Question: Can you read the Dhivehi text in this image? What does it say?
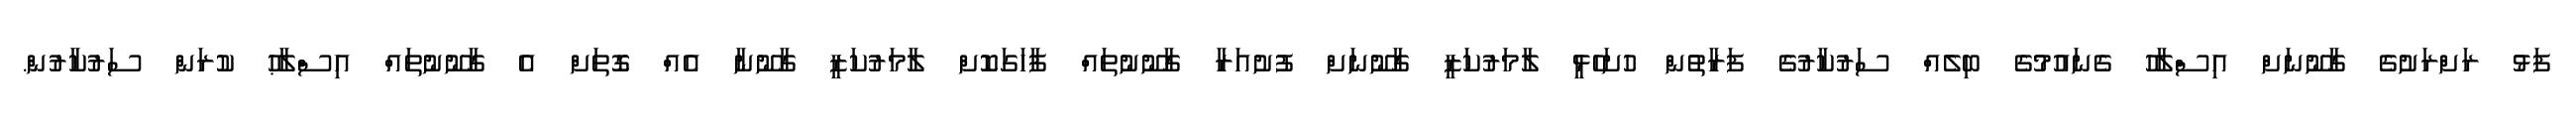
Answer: ފަޅު ރަށްރަށުގެ ގާނޫނަށް އިސްލާހު ގެނައުމުގެ ބިލެއް ސަރުކާރުގެ ފަރާތުން ހުށަހެޅީ ލާމަރުކަޒީ ގާނޫނަށް ފުށުއަރާ ގާނޫނުތައް ފާހަގަކޮށް ލާމަރުކަޒީ ގާނޫނާ އެއް ގޮތަށް އެ ގާނޫނުތައް އިސްލާޙު ކުރަން ސަރުކާރުން.